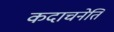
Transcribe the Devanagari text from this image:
कदाचनेति